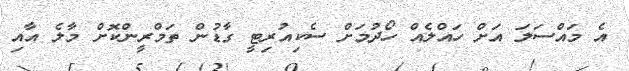
އެ މައްސަލަ އަށް ހައްލެއް ހޯދުމަށް ސެކިއުރިޓީ ގާޑުން ތަމްރީންކޮށް މާލެ އާއި